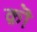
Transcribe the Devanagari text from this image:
क़ॊ